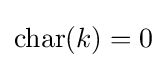
{\textrm {char}}(k)=0